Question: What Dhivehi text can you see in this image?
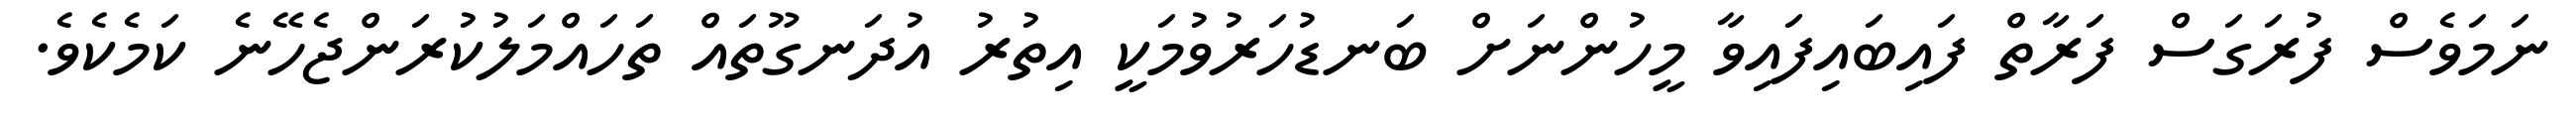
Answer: ނަމަވެސް ފުރަގަސް ފަރާތް ފައިބައިފައިވާ މީހުންނަށް ބަނޑުހަރުވުމަކީ އިތުރު އުދަނގޫތައް ތަހައްމަލުކުރަންޖެހޭނެ ކަމެކެވެ.